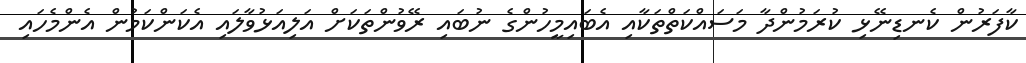
ކާފަރުން ކެނޑިނޭޅި ކުރަމުންދާ މަސައްކަތްތަކާއި އެބައިމީހުންގެ ނުބައި ރޭވުންތަކަށް އަލިއަޅުވާލައި އެކަންކަމުން އެންމެހައި